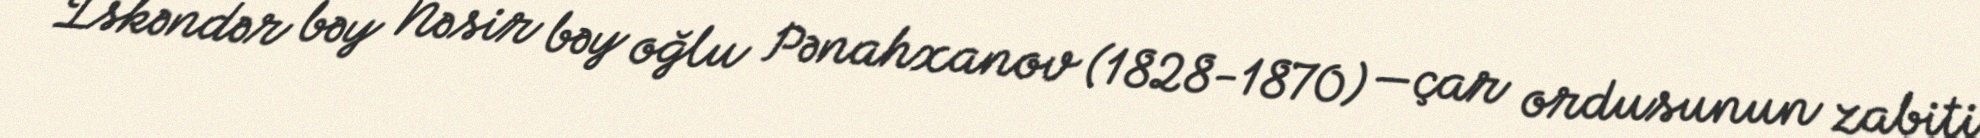
İskəndər bəy Nəsir bəy oğlu Pənahxanov (1828-1870) —çar ordusunun zabiti